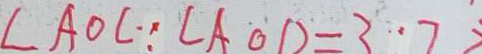
\angle A O C \because \angle A O D = 3 . 7